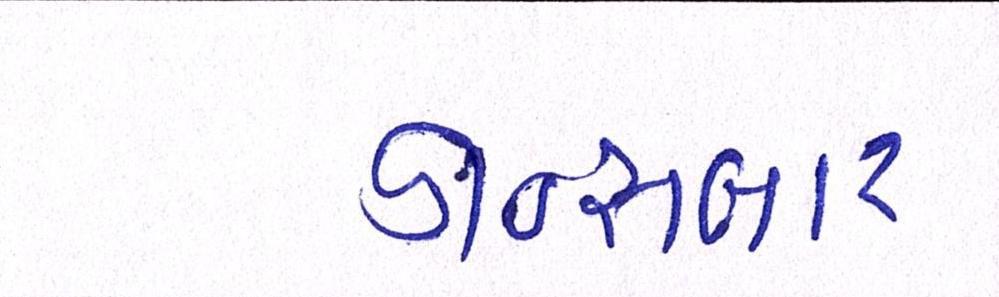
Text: ડાન્સબાર